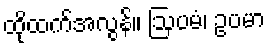
ထိုထက်အလွန်။ ဩပမံ၊ ဥပမာ